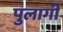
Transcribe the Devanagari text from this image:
पुलागी